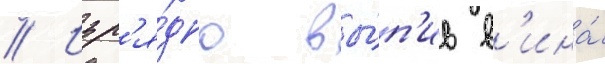
// Изр'я́дно вы́п'ив в'ина́